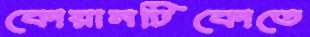
কোয়ানটিকোতে